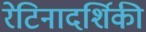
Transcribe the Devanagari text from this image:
रेटिनादर्शिकी